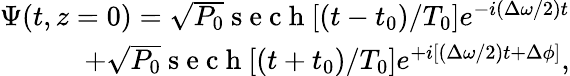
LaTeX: \begin{array}{r}{\Psi(t,z=0)=\sqrt{P_{0}}\mathrm{~s~e~c~h~}[(t-t_{0})/T_{0}]e^{-i(\Delta\omega/2)t}}\\ {+\sqrt{P_{0}}\mathrm{~s~e~c~h~}[(t+t_{0})/T_{0}]e^{+i[(\Delta\omega/2)t+\Delta\phi]},}\end{array}